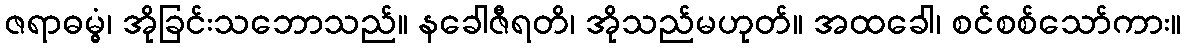
ဇရာဓမ္မွံ၊ အိုခြင်းသဘောသည်။ နခေါဇီရတိ၊ အိုသည်မဟုတ်။ အထခေါ၊ စင်စစ်သော်ကား။